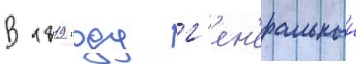
В 1819 году г'ен'еральныи